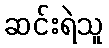
ဆင်းရဲသူ